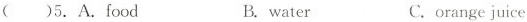
()5.A.food B.water C.orange juice